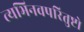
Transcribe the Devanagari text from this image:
त्यभिनवपरितुष्टो